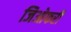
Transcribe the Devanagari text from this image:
जिओफरी